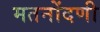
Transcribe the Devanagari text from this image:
मतनोंदणी